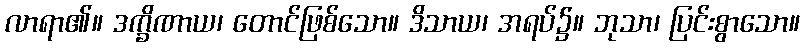
လာရာ၏။ ဒက္ခိဏာယ၊ တောင်ဖြစ်သော။ ဒိသာယ၊ အရပ်၌။ ဘုသာ၊ ပြင်းစွာသော။